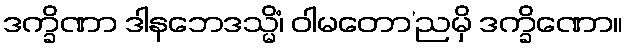
ဒက္ခိဏာ ဒါနဘေဒသ္မိံ၊ ဝါမတော’ညမှိ ဒက္ခိဏော။